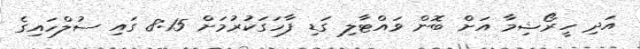
އަދި ހީރޯޝިމާ އަށް ބޮން ވައްޓާލި ގަޑި ފާހަގަކުރުމަށް 8:15 ގައި ސުލްހައިގެ